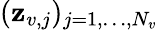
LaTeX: (\mathbf{z}_{v,j})_{j=1,\dots,N_{v}}